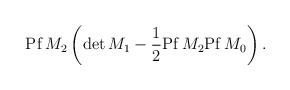
\begin{align*}{\rm Pf}\, M_2 \left( {\rm det}\, M_1 -\frac{1}{2}{\rm Pf}\, M_2 {\rm Pf}\, M_0 \right).\end{align*}